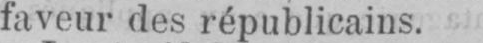
faveur des républicains.